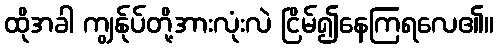
ထိုအခါ ကျွန်ုပ်တို့အားလုံးလဲ ငြိမ်၍နေကြရလေ၏။